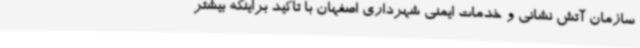
سازمان آتش نشانی و خدمات ایمنی شهرداری اصفهان با تاکید براینکه بیشتر